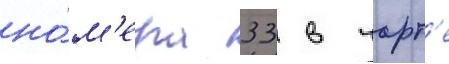
но́м'ера 33 в чарт'е